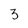
Character: 3